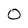
Character: 0